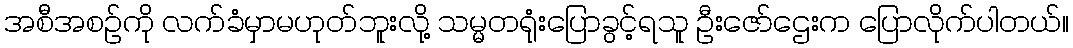
အစီအစဉ်ကို လက်ခံမှာမဟုတ်ဘူးလို့ သမ္မတရုံးပြောခွင့်ရသူ ဦးဇော်ဌေးက ပြောလိုက်ပါတယ်။